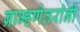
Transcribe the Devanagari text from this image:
ब्राम्हणेतरांनी